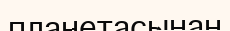
планетасынан